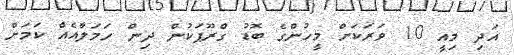
އަދި މިއީ 10 ވަރަކަށް މީހުންގެ ބޮޑު ގްރޫޕަކުން ދިން ހަމަލާއެއް ކަމަށް